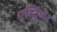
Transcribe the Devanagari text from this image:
एस्ट्रिंजेट